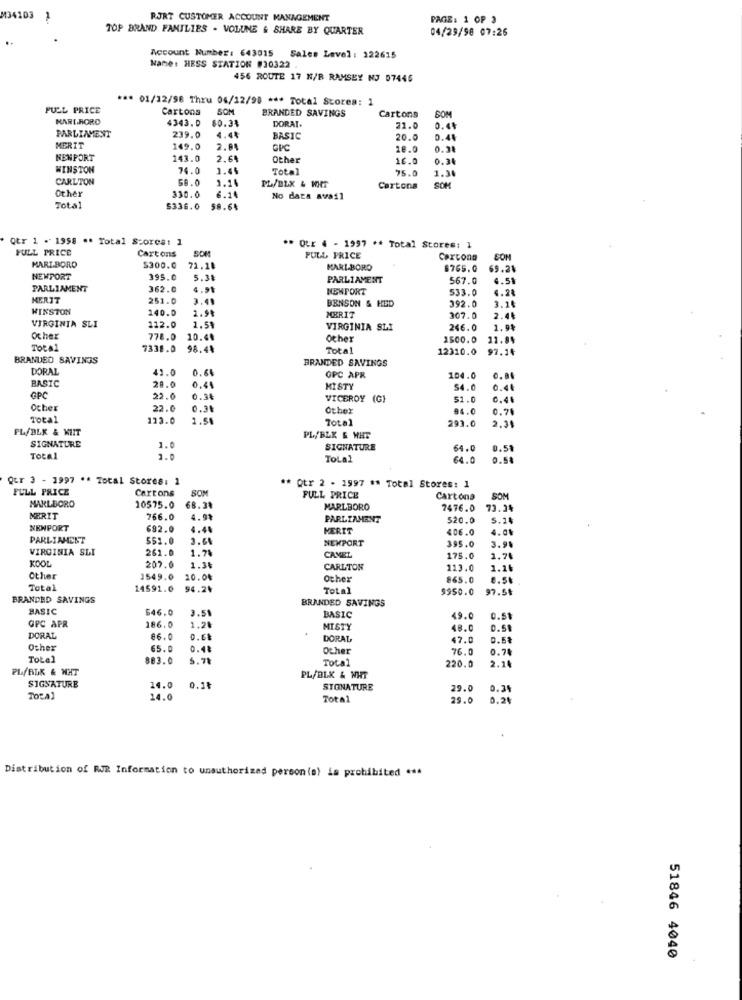
4103
RJRT CUSTOMER ACCOUNT MANAGEMENT
PAGE: 1 OP 3
TOP BRAND FAMILIES - VOLUNE & SHARE BY QUARTER
04/29/98 07:26
Account Number: 643015
Sales Level : 122615
Name: HESS STATION #30322
456 ROUTE 17 N/R RAMSEY NJ 07446
*** 01/12/98 Thru 04/12/98 *** Total Stores: 1
FULL PRICE
Cartons
SOM
BRANDED SAVINGS
Cartons
SOM
MARLBORO
4343.0
80.31
DORAI.
21.0
0.44
PARLIMENT
239.0
4.44
BASIC
20.0
0.44
MERIT
149.0
2.84
GPC
10.0
NENFORT
143.0
2.64
Other
16.0
0.30
WINSTON
74.0
1.45
Total
75.0
CARLTON
59.0
1.14
1.36
Other
330.0
PL/BLX & WHT
Cartons
SOM
6.1
No data avail
Total
5336.0
58.64
Qtr 1 - 1958 ** Total Spores: 1
FULL PRICE
Cartons
SOM
** QUE 4 - 1997 ** Total Stores: 1
FULL PRICE
Cercono
COM
MARLBORO
$300.0
72.18
MARLBORO
8765.0
69.21
NEWPORT
395.0
5.31
PARLIAMENT
567.0
4.5%
PARLIAMENT
362.0
4.91
NEWPORT
533.0
4.24
MERIT
251.0
3.41
BENSON & HED
392.0
3.14
WINSTON
140.0
VIRGINIA SLI
112.0
MERIT
307.0
2.48
1.58
VIRGINIA SLI
246.0
1.94
Other
778.0
10.4
Other
1500.0
TOLA1
7338.0
98.43
Total
12310.0
97.14
BRANDED SAVINGS
BRANDED SAVINGS
DORAL
42.0
0.66
BASIC
GPC APR
104.0
0.86
20.0
0.44
MISTY
54.0
0.41
GPC
22.0
0.34
VICEROY (G)
$1.0
0.44
Ocher
22.0
0.31
Other
94.0
0.70
Total
122.0
1.54
Total
293.0
PL/BLK & KUIT
SIGNATURE
1.0
PL/BLX & WHT
SIGNATURE
64.0
0,50
Total
1.0
ToLal
64.0
0.5
Qur 3 - 1997 ** Zotal Stores: 1
FULL PRICE
Cartons
SOM
* Qtr 2 - 1997 #* Total Stores: 1
MARLBORO
FULL PRICE
Cartons
SOM
10575.0
68.30
MARLBORO
7476.0 73.34
MERIT
766.0
4.99
PARLIAMENT
520.0
5.14
NEWPORT
692.0
4.44
MERIT
406.0
4.04
PARLIAMENT
5$1.0
3.61
NEWPORT
395.0
3.91
VIRGINIA SLI
261.0
1.74
KOOL
207.0
CAMEL
175.0
1.70
1.3₺
CARLTON
113.0
Other
1549.0
10.04
Other
865.0
Total
14591.0
94.24
Total
$950.0
97.5
BRANDED SAVINGS
BRANDED SAVINGS
BASIC
546.0
3.51
BASIC
186.0
49.0
0.51
GPC APR
1.28
MISTY
48.0
0.58
DORAL
86.0
DORAL
47.0
0.53
Other
65.0
0.42
Other
76.0
0.74
Total
883.0
5.71
Total
220.0
2.14
PL/BLK & HHT
SIGNATURE
PL/BLK & WHT
4.0
0.1₺
STONATURE
29.0
0.34
Total
14.0
Total
29.0
0.20
Distribution of RJR Information to unauthorized person(s) is prohibited ***
51846 4040